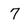
Character: 7